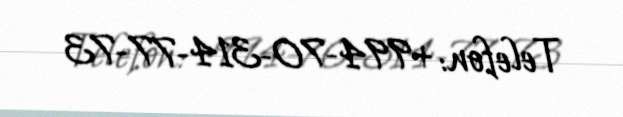
Telefon: +994-70-314-77-73